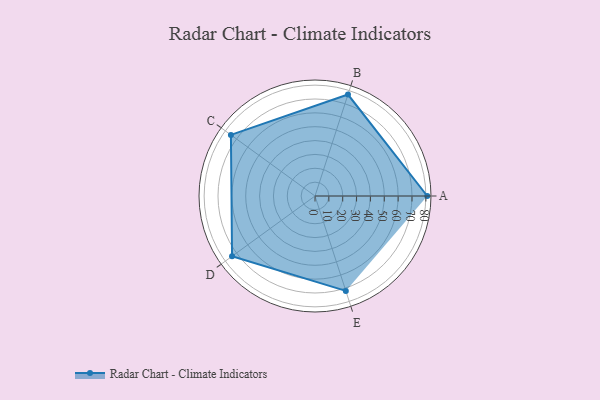
{"axis": {"x": "Skill", "y": "Score"}, "legend": ["Profile"], "data": [{"x": "A", "y": 81.0, "type": "Profile"}, {"x": "B", "y": 77.0, "type": "Profile"}, {"x": "C", "y": 75.0, "type": "Profile"}, {"x": "D", "y": 74.0, "type": "Profile"}, {"x": "E", "y": 72.0, "type": "Profile"}]}